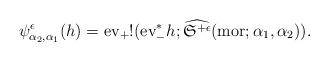
LaTeX: \begin{align*}\psi^{\epsilon}_{\alpha_2,\alpha_1}(h)={\rm ev}_{+}!({\rm ev}_{-}^* h;\widehat{\frak S^{+ \epsilon}}({\rm mor};\alpha_1,\alpha_2)).\end{align*}